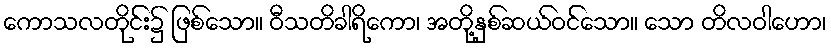
ကောသလတိုင်း၌ ဖြစ်သော။ ဝီသတိခါရိကော၊ အတို့နှစ်ဆယ်ဝင်သော။ သော တိလဝါဟော၊